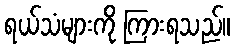
ရယ်သံများကို ကြားရသည်။